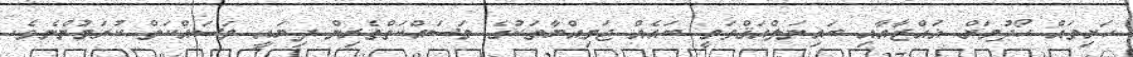
ހަށިތައް ހޯދުމަށް ޣައްޒާއާއި ބައިނަލްއަޤްވަމީ ބައެއް ޖަމިއްޔާތަކުގެ މަސައްކަތްތެރިން ދިޔައީ މަސައްކަތް ކުރަމުންނެވެ.